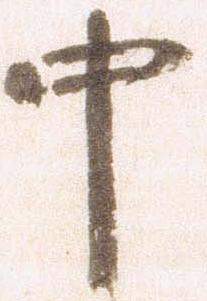
中